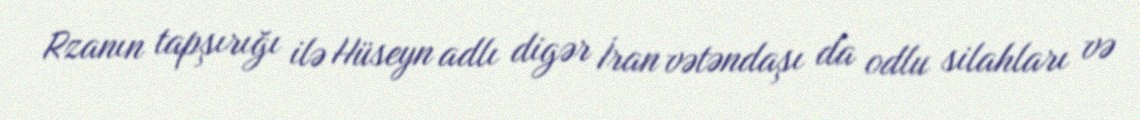
Rzanın tapşırığı ilə Hüseyn adlı digər İran vətəndaşı da odlu silahları və